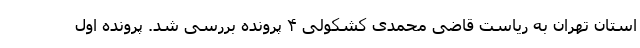
استان تهران به ریاست قاضی محمدی کشکولی ۴ پرونده بررسی شد. پرونده اول